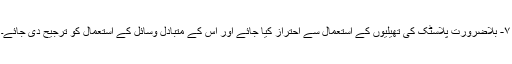
۷- بلاضرورت پلاسٹک کی تھیلیوں کے استعمال سے احتراز کیا جائے اور اس کے متبادل وسائل کے استعمال کو ترجیح دی جائے۔